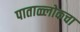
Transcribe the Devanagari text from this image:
पाताळ्लोकचा